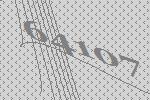
64107